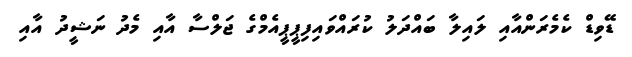
ޑޭވިޑް ކެމެރަންއާއި ލައިލާ ބައްދަލު ކުރައްވައިފިޕީޕީއެމްގެ ޖަލްސާ އާއި މެދު ނަޝީދު އާއި